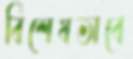
বিশেষভাবে